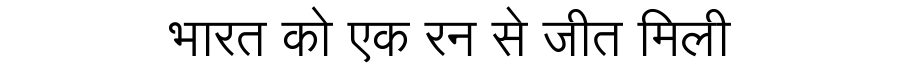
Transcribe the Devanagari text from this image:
भारत को एक रन से जीत मिली